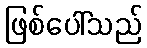
ဖြစ်ပေါ်သည်